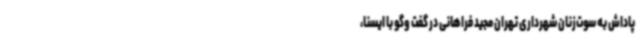
پاداش به سوت‌زنان شهرداری تهران مجید فراهانی در گفت وگو با ایسنا،